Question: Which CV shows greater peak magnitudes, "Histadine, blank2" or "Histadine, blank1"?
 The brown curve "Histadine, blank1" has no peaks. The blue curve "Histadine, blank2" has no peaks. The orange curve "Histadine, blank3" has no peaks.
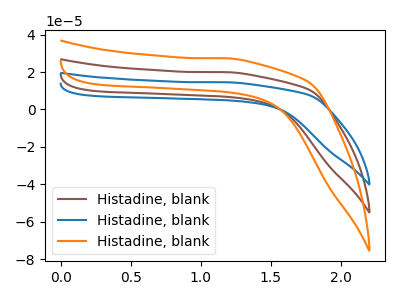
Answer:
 <answer>Niether CV has any peaks.</answer>
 <eval>blanks</eval>